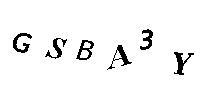
GSBA3Y